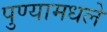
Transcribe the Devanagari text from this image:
पुण्यामधले